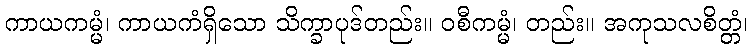
ကာယကမ္မံ၊ ကာယကံရှိသော သိက္ခာပုဒ်တည်း။ ဝစီကမ္မံ၊ တည်း။ အကုသလစိတ္တံ၊